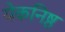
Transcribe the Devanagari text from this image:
येकनिष्ठ